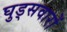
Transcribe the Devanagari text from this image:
घुड्सवारों